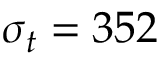
\sigma _ { t } = 3 5 2